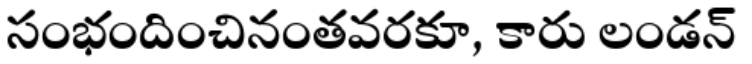
సంభందించినంతవరకూ, కారు లండన్